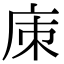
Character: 㢀